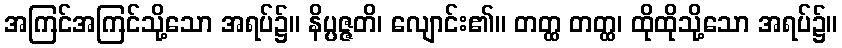
အကြင်အကြင်သို့သော အရပ်၌။ နိပ္ပဇ္ဇတိ၊ လျောင်း၏။ တတ္ထ တတ္ထ၊ ထိုထိုသို့သော အရပ်၌။